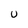
Character: U